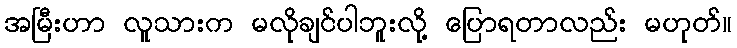
အမြီးဟာ လူသားက မလိုချင်ပါဘူးလို့ ပြောရတာလည်း မဟုတ်။